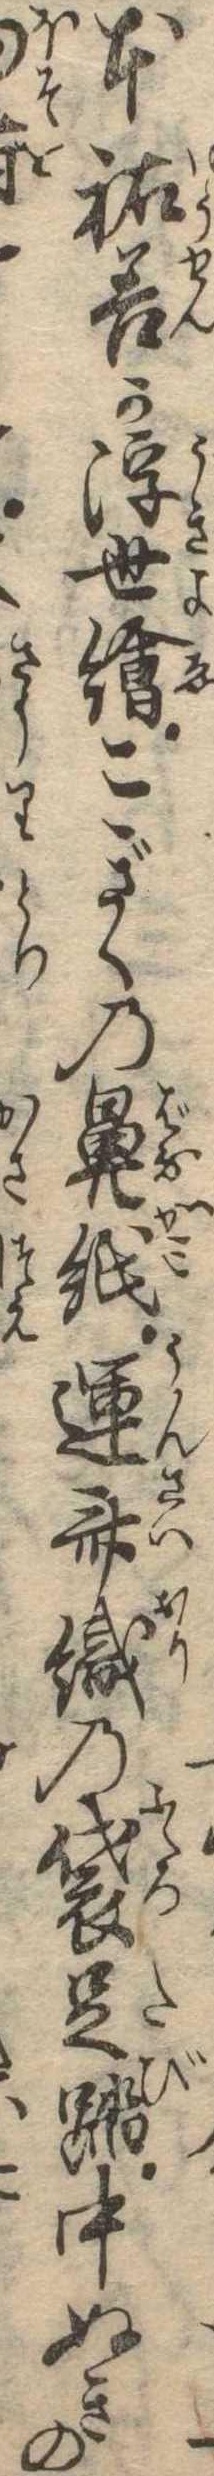
本祐善か浮世絵こぎくの鼻紙運斎織の袋足踏中ぬきの